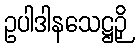
ဥပါဒါနသေဋ္ဌဉှိ